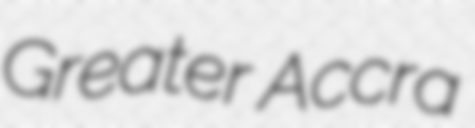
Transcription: Greater Accra